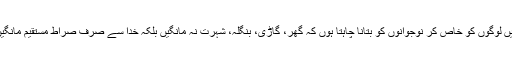
میں لوگوں کو خاص کر نوجوانوں کو بتانا چاہتا ہوں کہ گھر، گاڑی، بنگلہ، شہرت نہ مانگیں بلکہ خدا سے صرف صراط مستقیم مانگیں۔